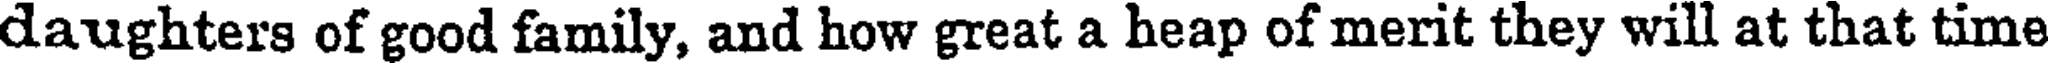
daughters of good family, and how great a heap of merit they will at that time